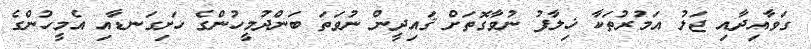
ގަވާއިދާއި ޖަލު އަމުރުތަކާ ޚިލާފު ނުވާގޮތަށް ޤައިދީން ނުވަތަ ބަންދުމީހުންގެ ހަށިގަނޑާއި އެމީހުންގެ